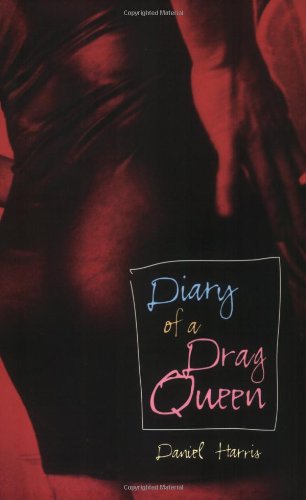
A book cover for Diary of a Drag Queen; Daniel Harris; Gay & Lesbian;